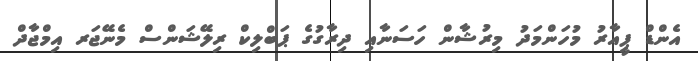
އެންޑް ޕީއާރު މުހަންމަދު މިރުޝާން ހަސަނާއި ދިރާގުގެ ޕަބްލިކް ރިލޭޝަންސް މެނޭޖަރ އިމްޖާދް